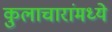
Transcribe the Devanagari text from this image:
कुलाचारांमध्ये